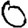
Digit: 0